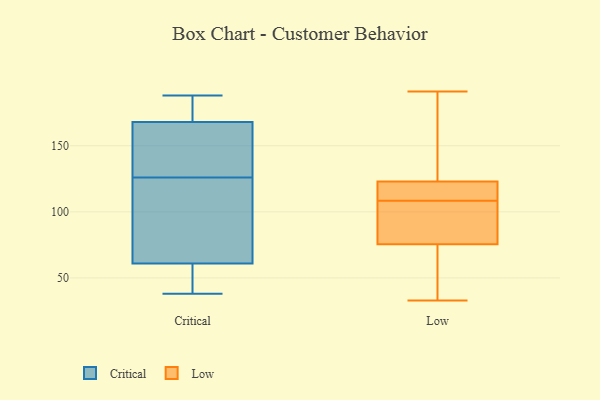
{"axis": {"x": "Customer Acquisition Cost (USD)", "y": "Value"}, "legend": ["Critical", "Low"], "data": [{"x": "", "y": 115, "type": "Critical"}, {"x": "", "y": 38, "type": "Critical"}, {"x": "", "y": 52, "type": "Critical"}, {"x": "", "y": 39, "type": "Critical"}, {"x": "", "y": 137, "type": "Critical"}, {"x": "", "y": 164, "type": "Critical"}, {"x": "", "y": 70, "type": "Critical"}, {"x": "", "y": 78, "type": "Critical"}, {"x": "", "y": 171, "type": "Critical"}, {"x": "", "y": 185, "type": "Critical"}, {"x": "", "y": 188, "type": "Critical"}, {"x": "", "y": 165, "type": "Critical"}, {"x": "", "y": 112, "type": "Low"}, {"x": "", "y": 109, "type": "Low"}, {"x": "", "y": 36, "type": "Low"}, {"x": "", "y": 48, "type": "Low"}, {"x": "", "y": 110, "type": "Low"}, {"x": "", "y": 104, "type": "Low"}, {"x": "", "y": 171, "type": "Low"}, {"x": "", "y": 66, "type": "Low"}, {"x": "", "y": 166, "type": "Low"}, {"x": "", "y": 95, "type": "Low"}, {"x": "", "y": 123, "type": "Low"}, {"x": "", "y": 40, "type": "Low"}, {"x": "", "y": 33, "type": "Low"}, {"x": "", "y": 123, "type": "Low"}, {"x": "", "y": 191, "type": "Low"}, {"x": "", "y": 111, "type": "Low"}, {"x": "", "y": 181, "type": "Low"}, {"x": "", "y": 85, "type": "Low"}, {"x": "", "y": 108, "type": "Low"}, {"x": "", "y": 89, "type": "Low"}]}